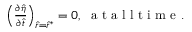
\begin{array} { r } { \left( \frac { \partial \hat { \eta } } { \partial \hat { t } } \right) _ { \hat { r } = \hat { r } ^ { * } } = 0 , \; \mathrm { ~ a ~ t ~ a ~ l ~ l ~ t ~ i ~ m ~ e ~ } . } \end{array}